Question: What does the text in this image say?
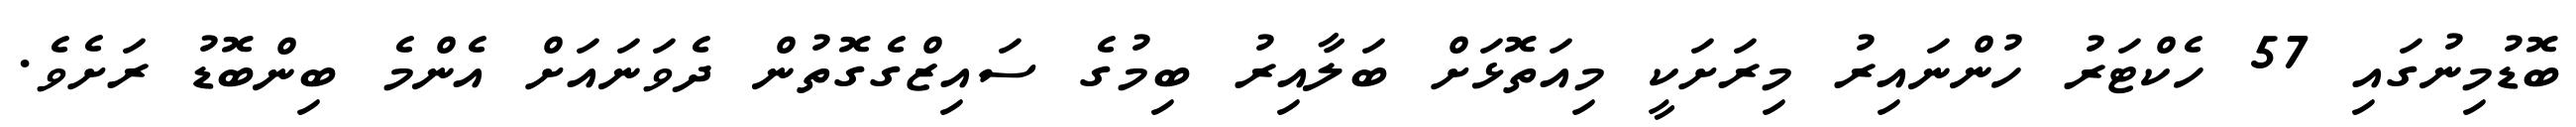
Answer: ބޮޑުމިނުގައި 57 ހެކްޓަރު ހުންނައިރު މިރަށަކީ މިއަތޮޅަށް ބަލާއިރު ބިމުގެ ސައިޒްގެގޮތުން ދެވަނައަށް އެންމެ ބިންބޮޑު ރަށެވެ.